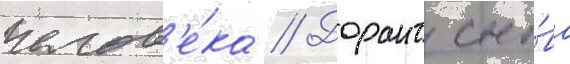
челов'е́ка // Дорант сно́ва